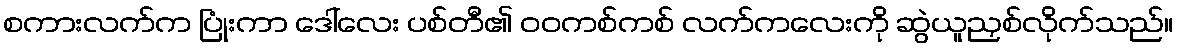
စကားလက်က ပြုံးကာ ဒေါ်လေး ပစ်တီ၏ ဝဝကစ်ကစ် လက်ကလေးကို ဆွဲယူညှစ်လိုက်သည်။